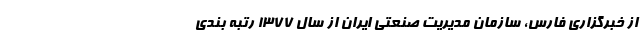
از خبرگزاری فارس، سازمان ‌مدیریت ‌صنعتی ایران از سال 1377 رتبه ‌بندی